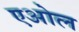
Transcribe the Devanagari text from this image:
एओल